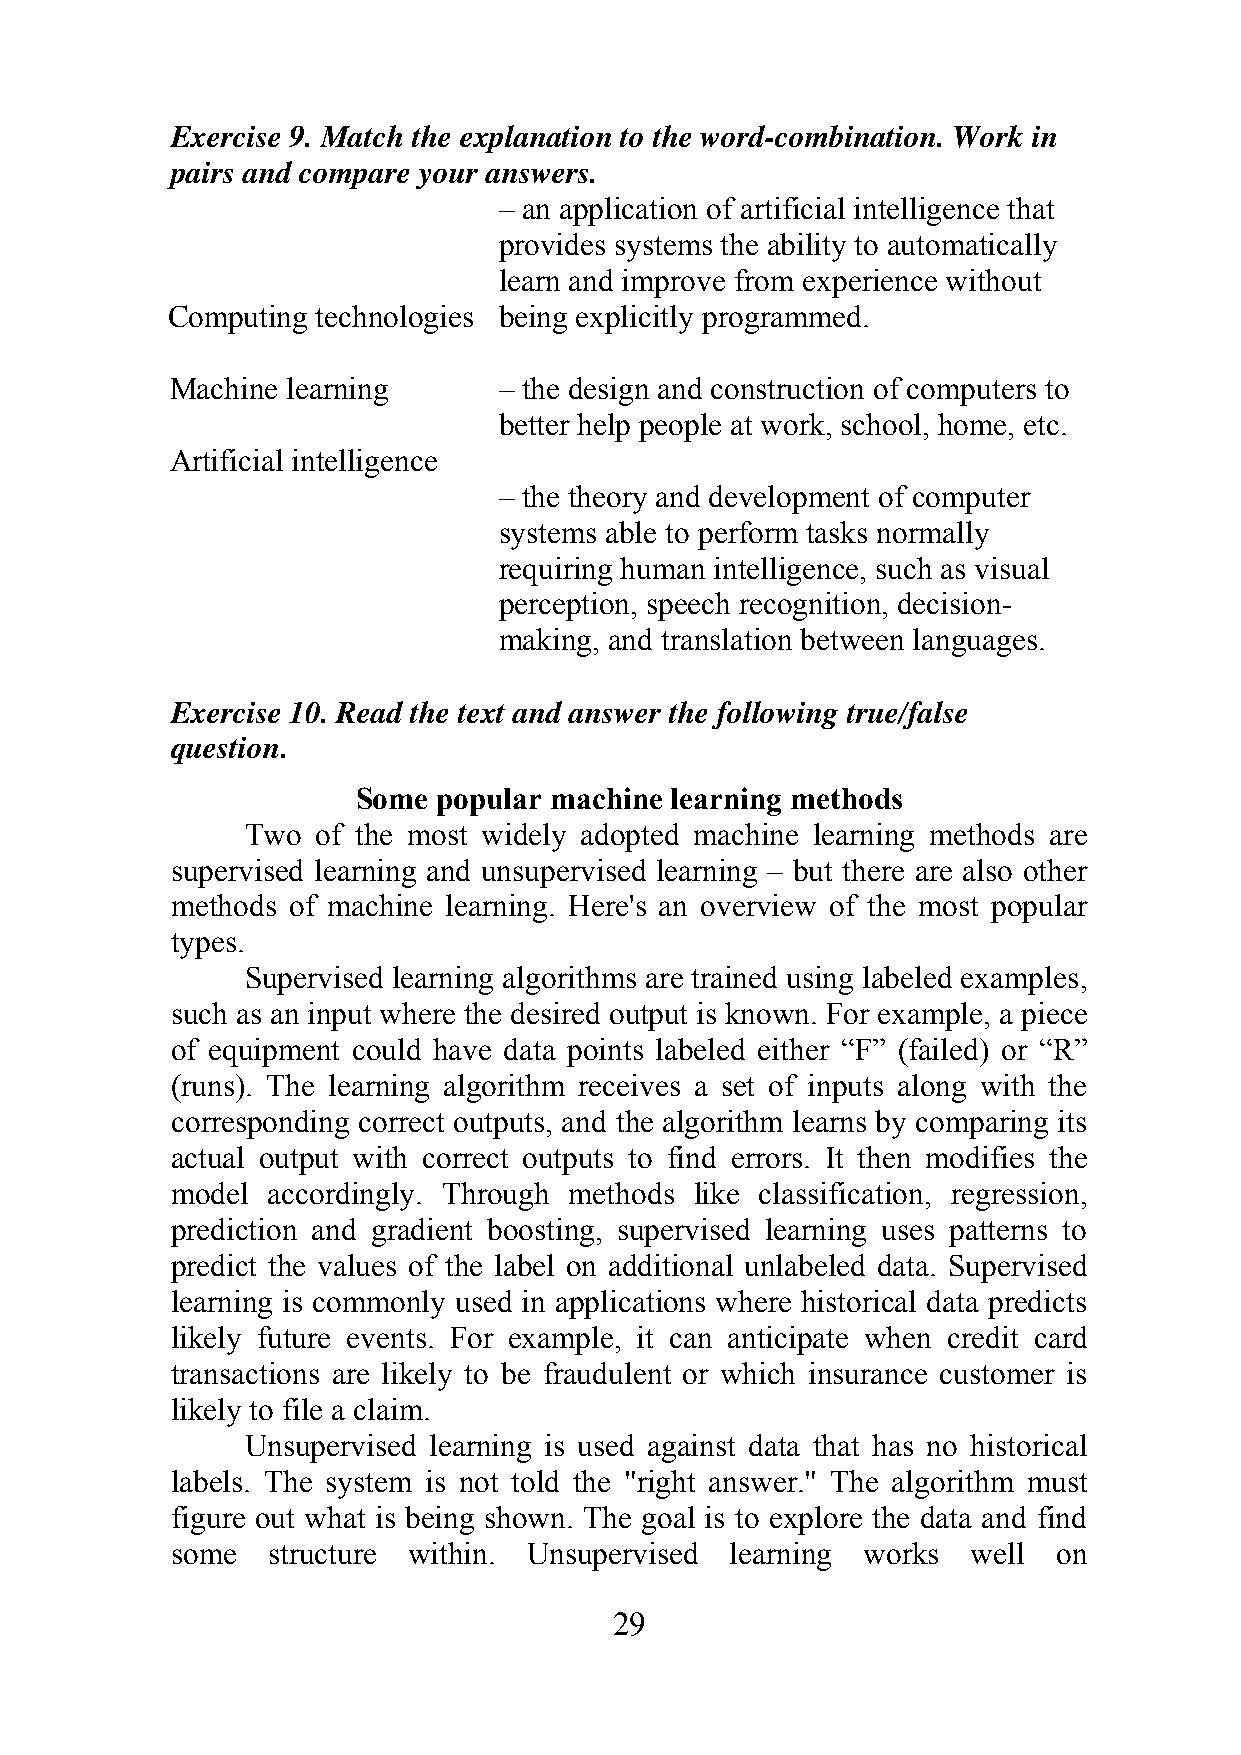
Exercise 9. Match the explanation to the word-combination. Work in
 pairs and compare your answers.
 – an application of artificial intelligence that
 provides systems the ability to automatically
 learn and improve from experience without
 Computing technologies being explicitly programmed.
 Machine learning      – the design and construction of computers to
 better help people at work, school, home, etc.
 Artificial intelligence
 – the theory and development of computer
 systems able to perform tasks normally
 requiring human intelligence, such as visual
 perception, speech recognition, decision-
 making, and translation between languages.
 Exercise 10. Read the text and answer the following true/false
 question.
 Some popular machine learning methods
 Two  of the most widely adopted machine learning methods are
 supervised learning and unsupervised learning – but there are also other
 methods of machine learning. Here's an overview of the most popular
 types.
 Supervised learning algorithms are trained using labeled examples,
 such as an input where the desired output is known. For example, a piece
 of equipment could have data points labeled either “F” (failed) or “R”
 (runs). The learning algorithm receives a set of inputs along with the
 corresponding correct outputs, and the algorithm learns by comparing its
 actual output with correct outputs to find errors. It then modifies the
 model  accordingly. Through methods like classification, regression,
 prediction and gradient boosting, supervised learning uses patterns to
 predict the values of the label on additional unlabeled data. Supervised
 learning is commonly used in applications where historical data predicts
 likely future events. For example, it can anticipate when credit card
 transactions are likely to be fraudulent or which insurance customer is
 likely to file a claim.
 Unsupervised learning is used against data that has no historical
 labels. The system is not told the "right answer." The algorithm must
 figure out what is being shown. The goal is to explore the data and find
 some   structure within. Unsupervised learning works well  on
 29